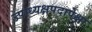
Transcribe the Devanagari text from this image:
उपाध्यक्षपदापेक्षा